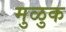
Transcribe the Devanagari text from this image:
मुळुक